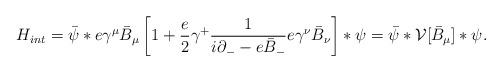
LaTeX: \begin{align*}{ H}_{int} = \bar{\psi} * e \gamma^\mu \bar{B}_\mu \left[1 + \frac{e}{2} \gamma^{+} \frac{1}{i \partial_{-} - e\bar{B}_{-}} e \gamma^{\nu} \bar{B}_{\nu} \right] \ast \psi =\bar{\psi} \ast {\cal V}[\bar{B}_\mu] \ast \psi. \end{align*}